General report no. 6 on the lunatic asylums, vaccination and dispensaries in the Bengal Presidency, 1873 -
Year: 1873
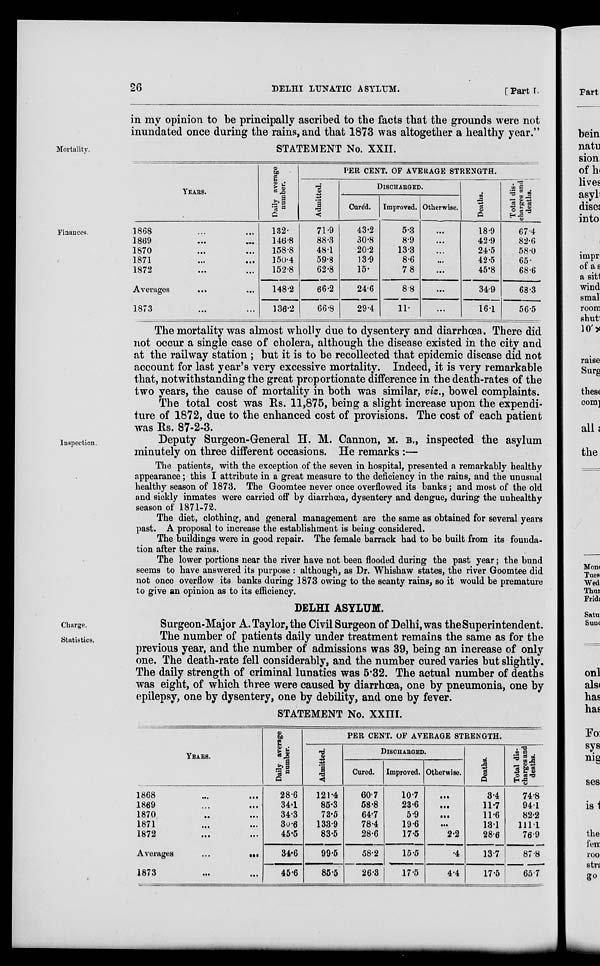
26
DELHI LUNATIC ASYLUM.
[Part I.
in my opinion to be principally ascribed to the facts that the grounds were not
inundated once during the rains, and that 1873 was altogether a healthy year."
Mortality.
STATEMENT No. XXII.
Finances.
YEARS.
1868 ... ...
1869
...
...
1870 ... ...
1871 ... ...
1872 ... ...
Averages ...
...
1873 ... ...
Daily average
number.
132.
146.8
158.8
150.4
152.8
148.2
136.2
PER CENT. OF AVERAGE STRENGTH.
Admitted.
71.9
88.3
48.1
59.8
62.8
66.2
66.8
DISCHARGED.
Cured.
43.2
30.8
20.2
13.9
15.
24.6
29.4
Improved.
5.3
8.9
13.3
8.6
7.8
8.8
11.
Otherwise.
...
...
...
...
...
...
...
Deaths.
18.9
42.9
24.5
42.5
45.8
34.9
16.1
Total dis-
charges and
deaths.
67.4
82.6
58.0
65.
68.6
68.3
56.5
The mortality was almost wholly due to dysentery and diarrhœa. There did
not occur a single case of cholera, although the disease existed in the city and
at the railway station ; but it is to be recollected that epidemic disease did not
account for last year's very excessive mortality. Indeed, it is very remarkable
that, notwithstanding the great proportionate difference in the death-rates of the
two years, the cause of mortality in both was similar, viz., bowel complaints.
The total cost was Rs. 11,875, being a slight increase upon the expendi-
ture of 1872, due to the enhanced cost of provisions. The cost of each patient
was Rs. 87-2-3.
Inspection.
Deputy Surgeon-General H. M. Cannon, M. B., inspected the asylum
minutely on three different occasions. He remarks :—
The patients, with the exception of the seven in hospital, presented a remarkably healthy
appearance; this I attribute in a great measure to the deficiency in the rains, and the unusual
healthy season of 1873. The Goomtee never once overflowed its banks; and most of the old
and sickly inmates were carried off by diarrhœa, dysentery and dengue, during the unhealthy
season of 1871-72.
The diet, clothing, and general management are the same as obtained for several years
past. A proposal to increase the establishment is being considered.
The buildings were in good repair. The female barrack had to be built from its founda-
tion after the rains.
The lower portions near the river have not been flooded during the past year; the bund
seems to have answered its purpose : although, as Dr. Whishaw states, the river Goomtee did
not once overflow its banks during 1873 owing to the scanty rains, so it would be premature
to give an opinion as to its efficiency.
DELHI ASYLUM.
Charge.
Surgeon-Major A. Taylor, the Civil Surgeon of Delhi, was the Superintendent.
Statistics.
The number of patients daily under treatment remains the same as for the
previous year, and the number of admissions was 39, being an increase of only
one. The death-rate fell considerably, and the number cured varies but slightly.
The daily strength of criminal lunatics was 5.32. The actual number of deaths
was eight, of which three were caused by diarrhœa, one by pneumonia, one by
epilepsy, one by dysentery, one by debility, and one by fever.
STATEMENT No. XXIII.
YEARS.
1868
...
...
1869 ... ...
1870 ... ...
1871 ... ...
1872
...
...
Averages
...
...
1873
...
...
Daily average
number.
28.6
34.1
34.3
30.6
45.5
34.6
45.6
PER CENT. OF AVERAGE STRENGTH.
Admitted.
121.4
85.3
73.5
133.9
83.5
99.5
85.5
DISCHARGED.
Cured.
60.7
58.8
64.7
78.4
28.6
58.2
26.3
Improved.
10.7
23.6
5.9
19.6
17.5
15.5
17.5
Otherwise.
...
...
...
...
2.2
.4
4.4
Deaths.
3.4
11.7
11.6
13.1
28.6
13.7
17.5
Total dis-
charges and
deaths.
74.8
94.1
82.2
111.1
76.9
87.8
65.7